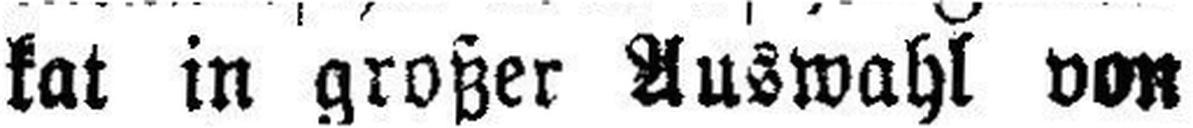
kat in großer Auswahl von